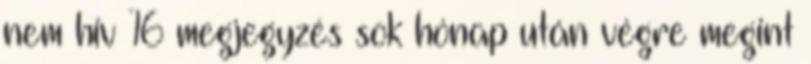
nem hiv 16 megjegyzés sok hónap után végre megint